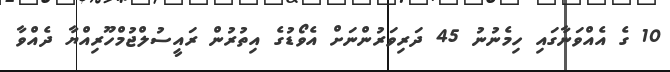
10 ގެ އެއްވަނާގައި ހިމެނުނު 45 ދަރިވަރުންނަށް އެވޯޑުގެ އިތުރުން ރައީސުލްޖުމްހޫރިއްޔާ ދެއްވާ